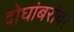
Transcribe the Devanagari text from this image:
दोघांबरोबर